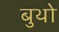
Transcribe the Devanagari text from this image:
बुथो